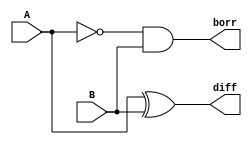
module half_sub(
    input A,
    input B,
    output diff,
    output borr
);
xor(diff,A,B);
and(borr,~A,B);
endmodule